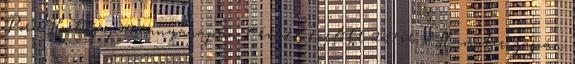
PornHub japán anyajapán 7 évvel ezelőtt 2:17:06 xHamster japán